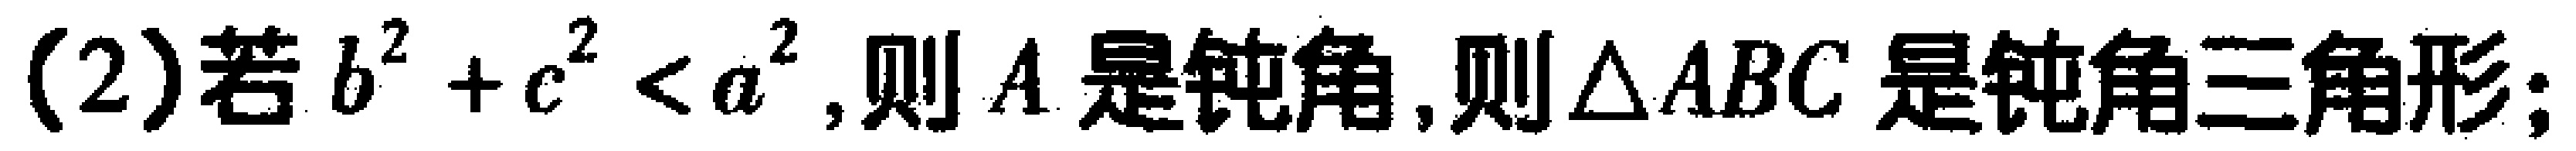
(2)若\(b^{2}+c^{2}<a^{2}\),则\(A\)是钝角,则\(\triangle ABC\)是钝角三角形;